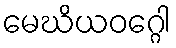
မေဃိယဝဂ္ဂေါ